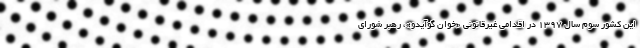
این کشور سوم سال ۱۳۹۷ در اقدامی غیرقانونی «خوان گوآیدو»، رهبر شورای